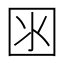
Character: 𡇋